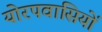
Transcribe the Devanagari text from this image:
योरपवासियों